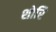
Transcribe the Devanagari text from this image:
शोरि